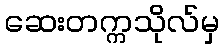
ဆေးတက္ကသိုလ်မှ